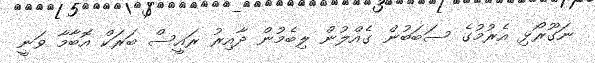
ނަގޫރޯޅި އެރުމުގެ ސަބަބުން ގެއްލުން ލިބެމުން ދާއިރު ރައީސް ބަރަކް އޮބާމާ ވަނީ